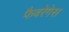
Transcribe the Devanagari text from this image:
फैबरेगेस